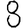
Digit: 8